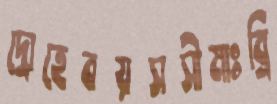
দ্রোহেবয়সসীমাঃব্রি